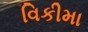
વિકીમા